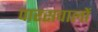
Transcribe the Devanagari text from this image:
पारसवालों